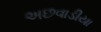
અછવાડીયા